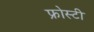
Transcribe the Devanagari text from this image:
फ्रोस्टी